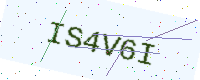
Text: IS4V6I